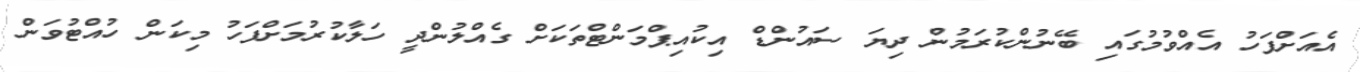
އެއަށްފަހު އެއްވުމުގައި ބޭނުންކުރަމުން ދިޔަ ސައުންޑް އިކުއިޕްމަންޓްތަކަށް ގެއްލުންދީ ހަލާކުރުމަށްފަހު މިކަން ހުއްޓުވަން